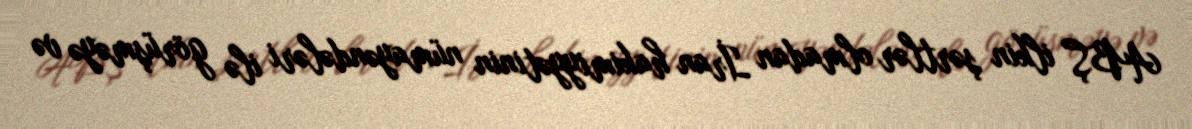
ABŞ ilkin şərtlər olmadan İran hakimiyyətinin nümayəndələri ilə görüşməyə və